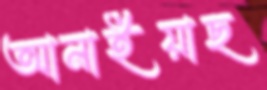
আনাইয়াছ